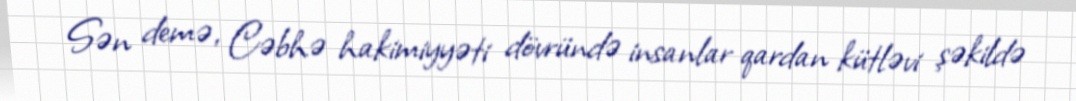
Sən demə, Cəbhə hakimiyyəti dövründə insanlar qardan kütləvi şəkildə